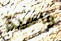
واحدة